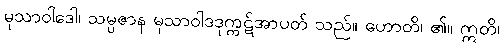
မုသာဝါဒေါ၊ သမ္ပဇာန မုသာဝါဒဒုက္ကဋ်အာပတ် သည်။ ဟောတိ၊ ၏။ ဣတိ၊